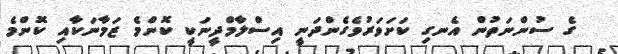
ގެ ސުންނަތުން އެނގި ކަށަވަރުވެގެންދަނީ އިސްލާމްދީނަކީ ކޮންމެ ޒަމާނަކާއި ކޮންމެ